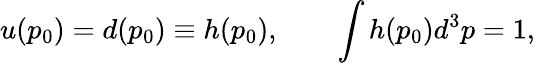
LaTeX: u(p_{0})=d(p_{0})\equiv h(p_{0}),\qquad\int h(p_{0})d^{3}p=1,